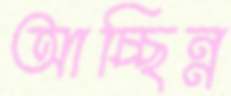
আচ্ছিন্ন